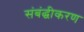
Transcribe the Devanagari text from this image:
संबंद्धीकरण